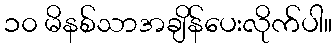
၁၀ မိနစ်သာအချိန်ပေးလိုက်ပါ။